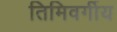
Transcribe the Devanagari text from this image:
तिमिवर्गीय